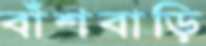
বাঁশবাড়ি